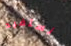
نستفيد